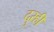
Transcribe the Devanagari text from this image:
दुरही